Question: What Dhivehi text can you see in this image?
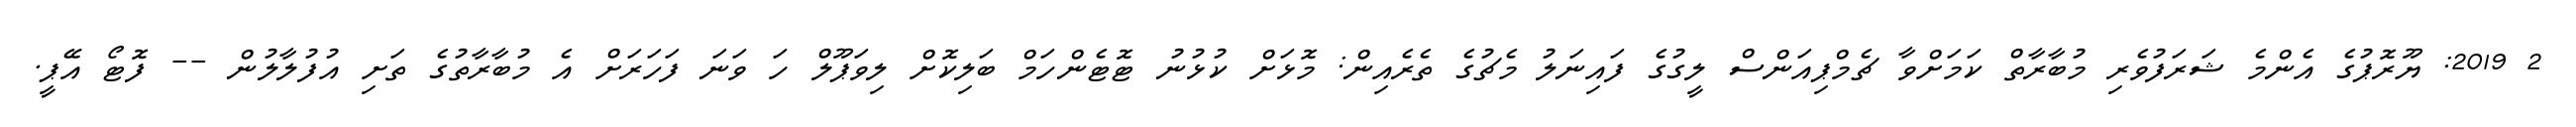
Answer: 2 2019: ޔޫރޮޕުގެ އެންމެ ޝަރަފުވެރި މުބާރާތް ކަމަށްވާ ޗެމްޕިއަންސް ލީގުގެ ފައިނަލު މެޗުގެ ތެރެއިން: މޮޅަށް ކުޅުނު ޓޮޓެންހަމް ބަލިކޮށް ލިވަޕޫލް ހަ ވަނަ ފަހަރަށް އެ މުބާރާތުގެ ތަށި އުފުލާލުން -- ފޮޓޯ އޭޕީ.